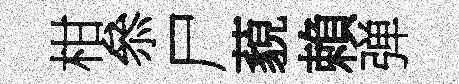
柑叅尸藐賴弹